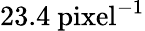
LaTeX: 23.4~\mathrm{pixel}^{-1}